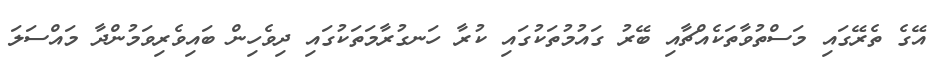
އޭގެ ތެރޭގައި މަސްތުވާތަކެއްޗާއި ބޭރު ގައުމުތަކުގައި ކުރާ ހަނގުރާމަތަކުގައި ދިވެހިން ބައިވެރިވަމުންދާ މައްސަލަ